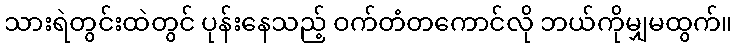
သားရဲတွင်းထဲတွင် ပုန်းနေသည့် ဝက်တံတကောင်လို ဘယ်ကိုမျှမထွက်။